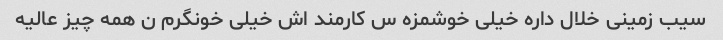
سیب زمینی خلال داره خیلی خوشمزه س کارمند اش خیلی خونگرم ن همه چیز عالیه